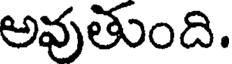
అవుతుంది.